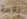
بقعة